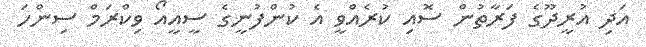
އަދި އުރީދޫގެ ފަރާތުން ސޮއި ކުރެއްވީ އެ ކުންފުނީގެ ސީއީއޯ ވިކްރަމް ސިންހަ